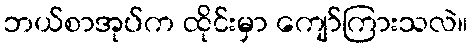
ဘယ်စာအုပ်က ထိုင်းမှာ ကျော်ကြားသလဲ။